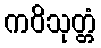
ကဝိသုတ္တံ